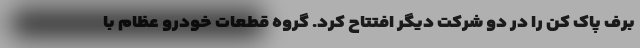
برف پاک کن را در دو شرکت دیگر افتتاح کرد. گروه قطعات خودرو عظام با